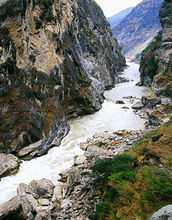
天下者，大具也，不可以小人有也，不可以小道得也，不可以小力持也。